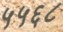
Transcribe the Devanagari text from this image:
५५६८